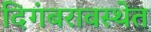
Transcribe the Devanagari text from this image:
दिगंबरावस्थेत